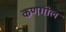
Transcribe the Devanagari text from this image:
कणगील